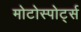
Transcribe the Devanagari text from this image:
मोटोस्पोर्ट्स